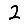
Digit: 2